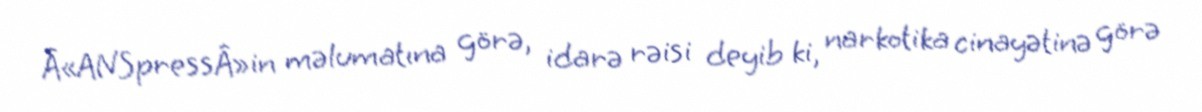
Â«ANSpressÂ»in məlumatına görə, idarə rəisi deyib ki, narkotika cinayətinə görə